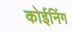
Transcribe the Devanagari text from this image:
कोईनिंग